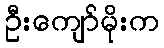
ဦးကျော်မိုးက